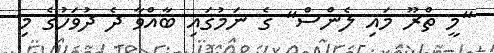
"މީ ތްރޫ މައި ލެންސް" ގެ ނަމުގައި ބާއްވާ ދެ ދުވަހުގެ މި